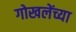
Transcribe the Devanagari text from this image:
गोखलेंच्या